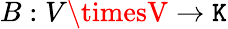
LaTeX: B:V\timesV\rightarrow\mathtt{K}